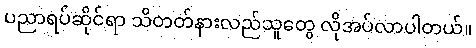
ပညာရပ်ဆိုင်ရာ သိတတ်နားလည်သူတွေ လိုအပ်လာပါတယ်။